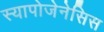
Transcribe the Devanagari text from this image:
स्यापोजेनेसिस